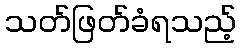
သတ်ဖြတ်ခံရသည့်